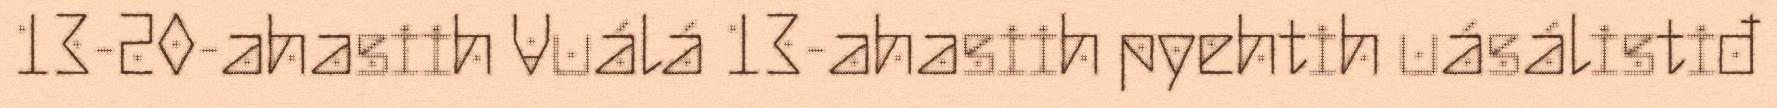
13-20-ahasiih Vuálá 13-ahasiih pyehtih uásálistiđ